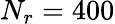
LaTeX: N_{r}=400